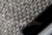
حسنا